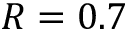
R = 0 . 7